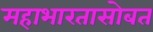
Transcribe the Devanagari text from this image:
महाभारतासोबत